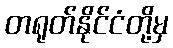
တရုတ်နိုင်ငံတို့မှ